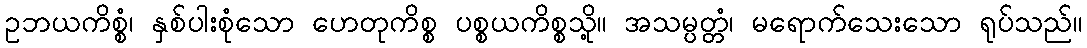
ဥဘယကိစ္စံ၊ နှစ်ပါးစုံသော ဟေတုကိစ္စ ပစ္စယကိစ္စသို့။ အသမ္ပတ္တံ၊ မရောက်သေးသော ရုပ်သည်။